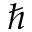
\hbar